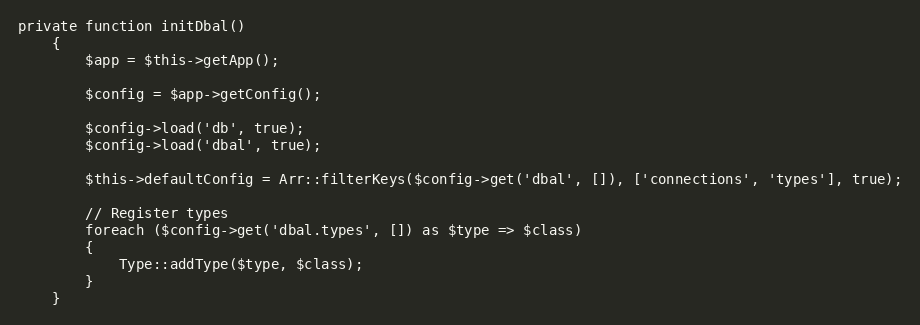
Language: PHP
private function initDbal()
	{
		$app = $this->getApp();

		$config = $app->getConfig();

		$config->load('db', true);
		$config->load('dbal', true);

		$this->defaultConfig = Arr::filterKeys($config->get('dbal', []), ['connections', 'types'], true);

		// Register types
		foreach ($config->get('dbal.types', []) as $type => $class)
		{
			Type::addType($type, $class);
		}
	}